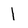
Character: 1